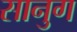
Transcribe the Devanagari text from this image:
सानुग